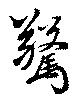
驚